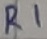
Text: R1